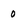
Character: 0